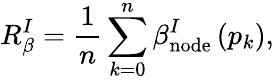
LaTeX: R_{\beta}^{I}=\frac{1}{n}\sum_{k=0}^{n}\beta_{\mathrm{{node}}}^{I}\left(p_{k}\right),